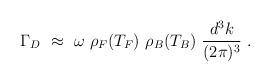
LaTeX: \begin{align*}\Gamma_D~\approx~\omega~\rho_F(T_F)~\rho_B(T_B)~\frac{d^3k}{(2\pi)^3}~ .\end{align*}